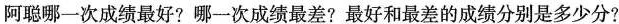
阿聪哪次成绩最好?哪一次成绩最差?最好和最差的成绩分别是多少分?